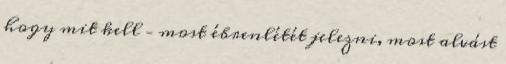
hogy mit kell – most ébrenlétét jelezni, most alvást